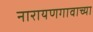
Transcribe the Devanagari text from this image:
नारायणगावाच्या